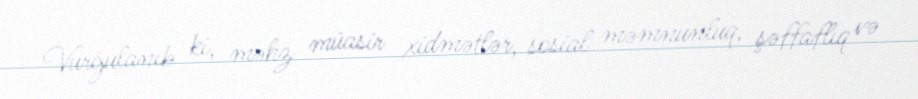
Vurğulanıb ki, məhz müasir xidmətlər, sosial məmnunluq, şəffaflıq və